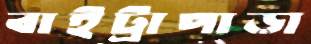
বাইট্রাপাড়া